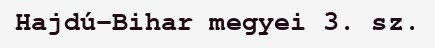
Hajdú-Bihar megyei 3. sz.